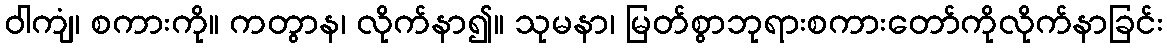
ဝါကျံ၊ စကားကို။ ကတွာန၊ လိုက်နာ၍။ သုမနာ၊ မြတ်စွာဘုရားစကားတော်ကိုလိုက်နာခြင်း